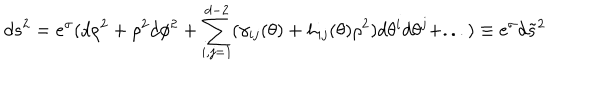
d s ^ { 2 } = e ^ { \sigma } ( d \rho ^ { 2 } + \rho ^ { 2 } d \phi ^ { 2 } + \sum _ { i , j = 1 } ^ { d - 2 } ( \gamma _ { i j } ( \theta ) + h _ { i j } ( \theta ) \rho ^ { 2 } ) d \theta ^ { i } d \theta ^ { j } + . . . ) \equiv e ^ { \sigma } d \tilde { s } ^ { 2 }